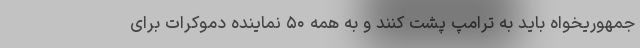
جمهوریخواه باید به ترامپ پشت کنند و به همه ۵۰ نماینده دموکرات برای